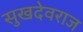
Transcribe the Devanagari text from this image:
सुखदेवराज